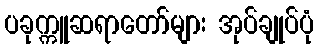
ပခုက္ကူဆရာတော်များ အုပ်ချုပ်ပုံ